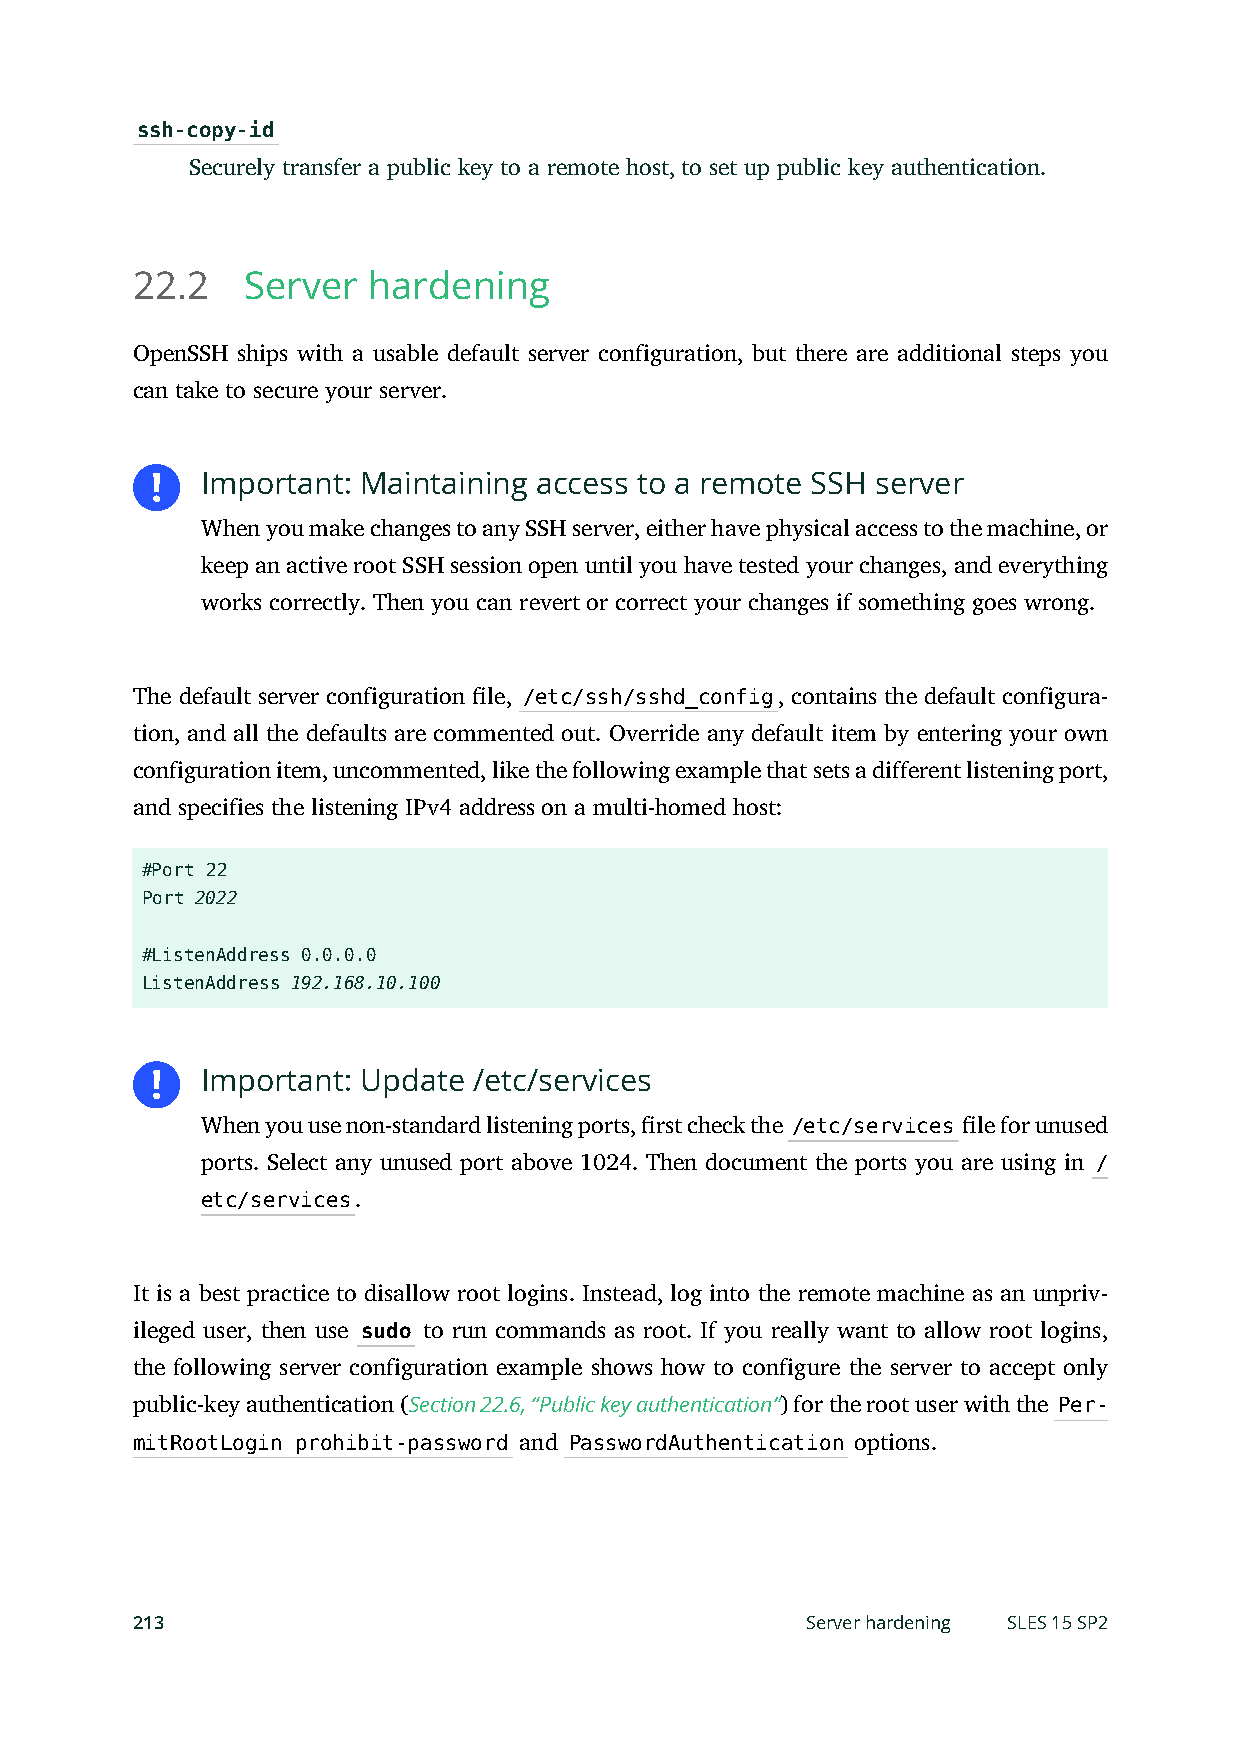
ssh-copy-id
 Securely transfer a public key to a remote host, to set up public key authentication.
 22.2   Server  hardening
 OpenSSH ships with a usable default server configuration, but there are additional steps you
 can take to secure your server.
 Important: Maintaining access to a remote SSH server
 When you make changes to any SSH server, either have physical access to the machine, or
 keep an active root SSH session open until you have tested your changes, and everything
 works correctly. Then you can revert or correct your changes if something goes wrong.
 The default server configuration le, /etc/ssh/sshd_config, contains the default configura-
 tion, and all the defaults are commented out. Override any default item by entering your own
 configuration item, uncommented, like the following example that sets a different listening port,
 and specifies the listening IPv4 address on a multi-homed host:
 #Port 22
 Port 2022
 #ListenAddress 0.0.0.0
 ListenAddress 192.168.10.100
 Important: Update /etc/services
 When you use non-standard listening ports, rst check the /etc/services le for unused
 ports. Select any unused port above 1024. Then document the ports you are using in /
 etc/services.
 It is a best practice to disallow root logins. Instead, log into the remote machine as an unpriv-
 ileged user, then use sudo to run commands as root. If you really want to allow root logins,
 the following server configuration example shows how to configure the server to accept only
 public-key authentication (Section 22.6, “Public key authentication”) for the root user with the Per-
 mitRootLogin prohibit-password and PasswordAuthentication options.
 213                                         Server hardening SLES 15 SP2